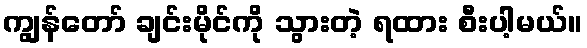
ကျွန်တော် ချင်းမိုင်ကို သွားတဲ့ ရထား စီးပါ့မယ်။